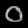
Digit: ၀